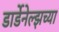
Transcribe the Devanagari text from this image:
डार्डेनेल्झच्या